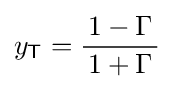
y_{\mathsf {T}}={\frac {1-\Gamma }{\,1+\Gamma \,}}